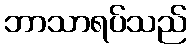
ဘာသာရပ်သည်